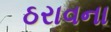
ઠરાવના